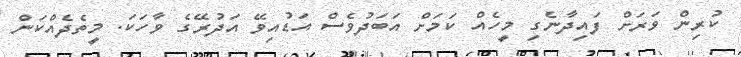
ކުރިން ވަރަށް ފައިދާނެގި މީހެއް ކަމަށް އަބަދުވެސް އަޑުއިވޭ އަދުރޭގެ ވާހަކަ. މީތެދެއްކަން